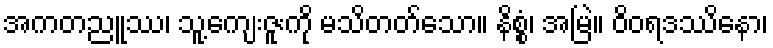
အကတညူဿ၊ သူ့ကျေးဇူးကို မသိတတ်သော။ နိစ္စံ၊ အမြဲ။ ဝိဝရဒဿိနော၊